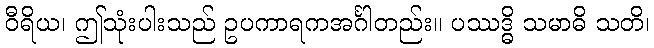
ဝီရိယ၊ ဤသုံးပါးသည် ဥပကာရကအင်္ဂါတည်း။ ပဿဒ္ဓိ သမာဓိ သတိ၊